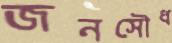
জনসৌধ